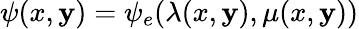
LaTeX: \psi(x,\mathbf{y})=\psi_{e}(\lambda(x,\mathbf{y}),\mu(x,\mathbf{y}))